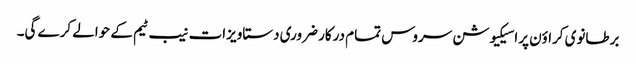
برطانوی کراؤن پراسیکیوشن سروس تمام درکار ضروری دستاویزات نیب ٹیم کے حوالے کرے گی۔